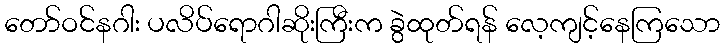
တော်ဝင်နဂါး ပလိပ်ရောဂါဆိုးကြီးက ခွဲထုတ်ရန် လေ့ကျင့်နေကြသော